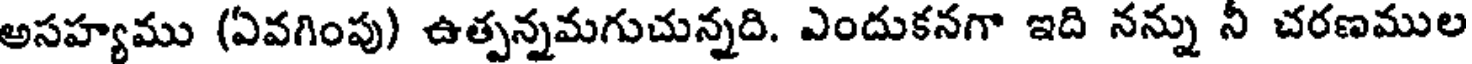
అసహ్యము (ఏవగింపు) ఉత్పన్నమగుచున్నది. ఎందుకనగా ఇది నన్ను నీ చరణముల